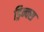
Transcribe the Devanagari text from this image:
ड्रिन्क्स